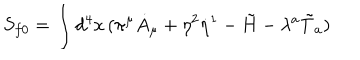
S _ { f 0 } = \int d ^ { 4 } x \, ( \pi ^ { \mu } \dot { A } _ { \mu } + \eta ^ { 2 } \dot { \eta } ^ { 1 } - \tilde { H } - \lambda ^ { a } \tilde { T } _ { a } )